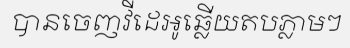
បានចេញវីដេអូឆ្លើយតបភ្លាមៗ